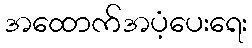
အထောက်အပံ့ပေးရေး